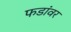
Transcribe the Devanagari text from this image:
फडांवर